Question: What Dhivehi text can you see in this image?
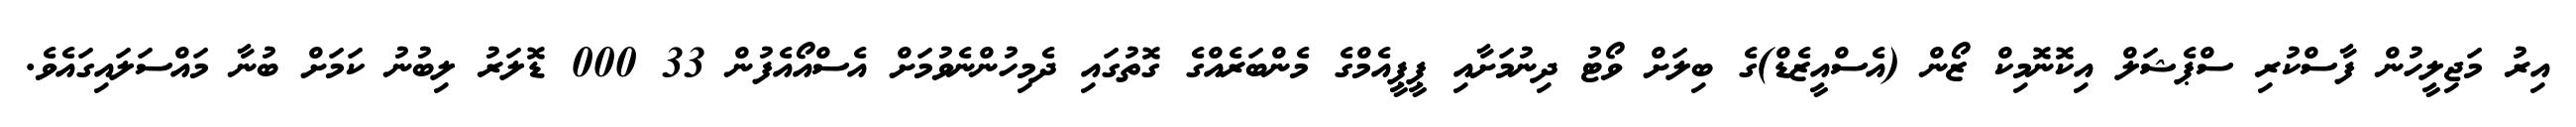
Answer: އިރު މަޖިލީހުން ފާސްކުރި ސްޕެޝަލް އިކޮނޮމިކް ޒޯން (އެސްއީޒެޑް)ގެ ބިލަށް ވޯޓު ދިނުމަށާއި ޕީޕީއެމްގެ މެންބަރެއްގެ ގޮތުގައި ދެމިހުންނެވުމަށް އެސްއޯއެފުން 33 000 ޑޮލަރު ލިބުނު ކަމަށް ބުނާ މައްސަލައިގައެވެ.